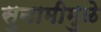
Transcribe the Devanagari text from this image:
सुनामीमुळे